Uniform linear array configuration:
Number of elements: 32
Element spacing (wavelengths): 0.25
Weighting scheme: kaiser
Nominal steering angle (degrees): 15
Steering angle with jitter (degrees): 15.468
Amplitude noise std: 0.05
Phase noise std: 0.05

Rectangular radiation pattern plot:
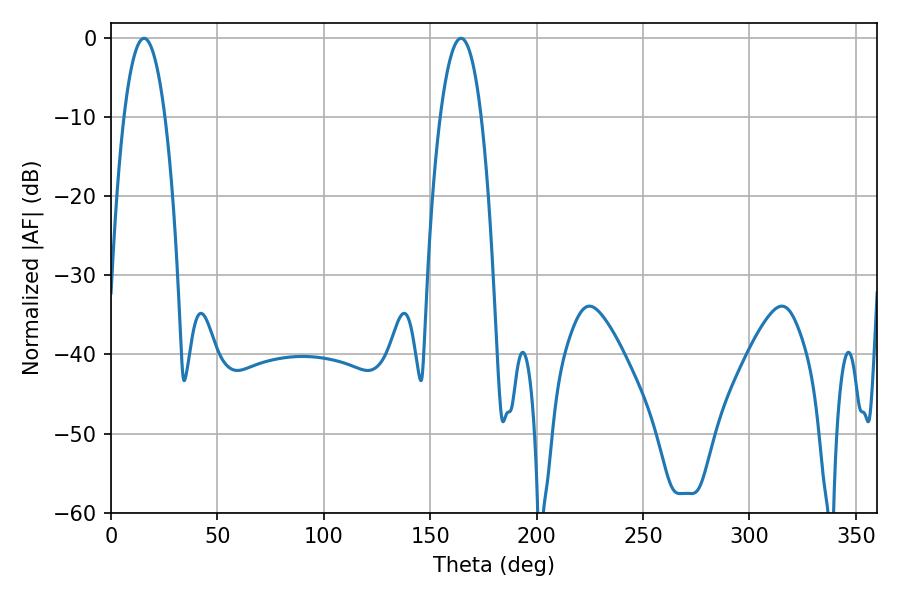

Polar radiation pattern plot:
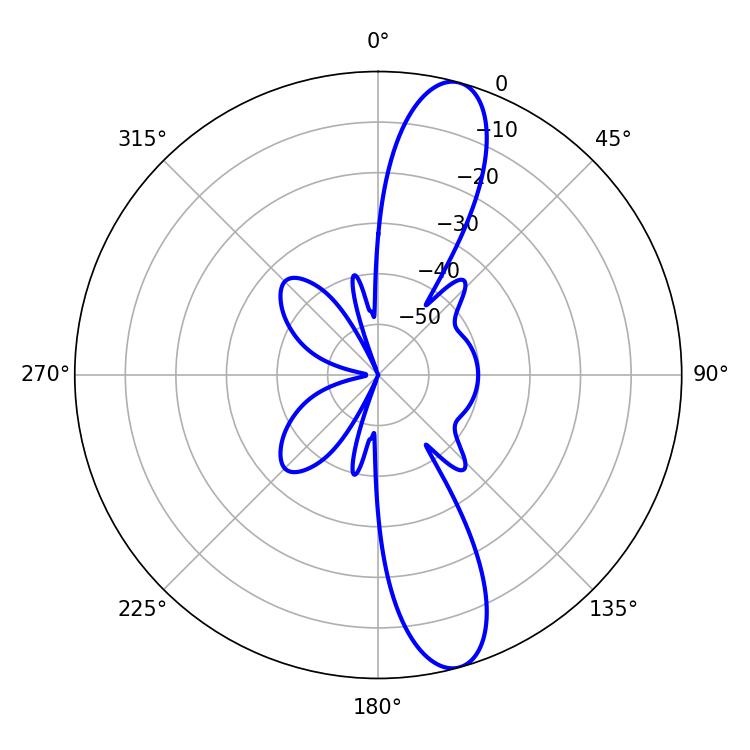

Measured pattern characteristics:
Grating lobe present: FALSE
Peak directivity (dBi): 12.717
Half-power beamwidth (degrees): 10.62
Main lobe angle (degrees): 15.48